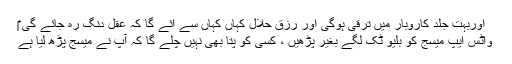
اوربہت جلد کاروبار میں ترقی ہوگی اور رزق حلال کہاں کہاں سے آئے گا کہ عقل دنگ رہ جائے گی ‎‎
واٹس ایپ میسج کو بلیو ٹک لگے بغیر پڑھیں ، کسی کو پتا بھی نہیں چلے گا کہ آپ نے میسج پڑھ لیا ہے